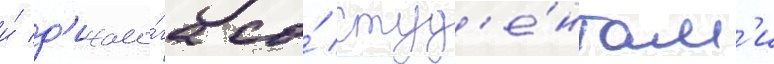
и́ д'иало́га со́ студ'е́нтам'и